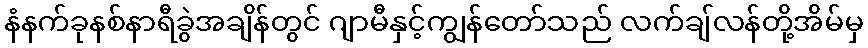
နံနက်ခုနစ်နာရီခွဲအချိန်တွင် ဂျာမီနှင့်ကျွန်တော်သည် လက်ချ်လန်တို့အိမ်မှ